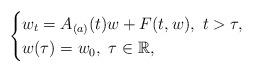
LaTeX: \begin{align*}\begin{cases}w_t=A_{(a)}(t)w+F(t,w),\ t>\tau,\\w(\tau)=w_0,\ \tau\in\mathbb{R},\end{cases} \end{align*}